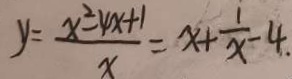
y = \frac { x ^ { 2 } - 4 x + 1 } { x } = x + \frac { 1 } { x } - 4 .